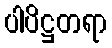
ပါပိဋ္ဌတရာ